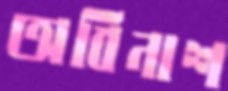
অবিনাশ